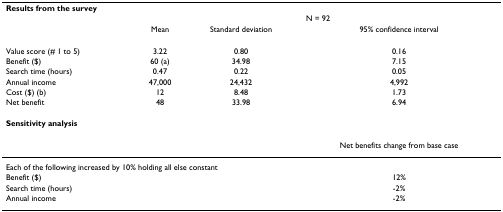
| <COLSPAN=4> Results from the survey |
 |  | <COLSPAN=3> N = 92 |
 |  | Mean | Standard deviation | 95% confidence interval |
 | --- | --- | --- | --- |
 | Value score (# 1 to 5) | 3.22 | 0.80 | 0.16 |
 | Benefit ($) | 60 (a) | 34.98 | 7.15 |
 | Search time (hours) | 0.47 | 0.22 | 0.05 |
 | Annual income | 47,000 | 24,432 | 4,992 |
 | Cost ($) (b) | 12 | 8.48 | 1.73 |
 | Net benefit | 48 | 33.98 | 6.94 |
 | <COLSPAN=4> Sensitivity analysis |
 |  |  |  | Net benefits change from base case |
 | <COLSPAN=4> Each of the following increased by 10% holding all else constant |
 | Benefit ($) |  |  | 12% |
 | Search time (hours) |  |  | -2% |
 | Annual income |  |  | -2% |